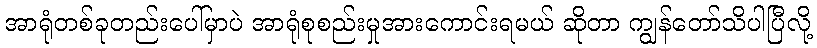
အာရုံတစ်ခုတည်းပေါ်မှာပဲ အာရုံစုစည်းမှုအားကောင်းရမယ် ဆိုတာ ကျွန်တော်သိပါပြီလို့